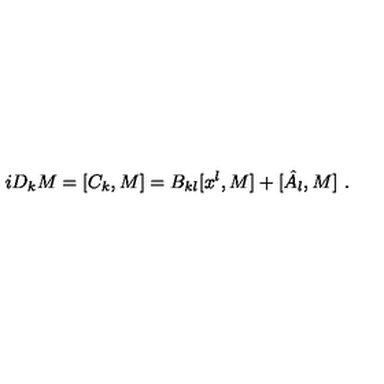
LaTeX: i D _ { k } M = [ C _ { k } , M ] = B _ { k l } [ x ^ { l } , M ] + [ \hat { A } _ { l } , M ] \ .